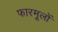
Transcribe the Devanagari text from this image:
फारमूलों